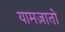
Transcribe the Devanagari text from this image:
यामज़ातो